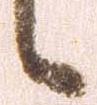
候